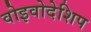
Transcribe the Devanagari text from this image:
वोइवोदेशिप